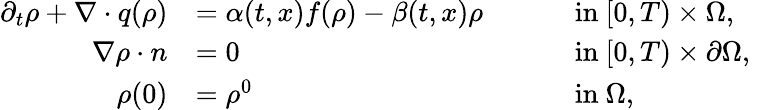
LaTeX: \begin{array}{rlrlr}{\partial_{t}\rho+\nabla\cdot q(\rho)}&{=\alpha(t,x)f(\rho)-\beta(t,x)\rho}&{\quad}&{\mathrm{~in~}[0,T)\times\Omega,}\\ {\nabla\rho\cdot n}&{=0}&{\quad}&{\mathrm{~in~}[0,T)\times\partial\Omega,}\\ {\rho(0)}&{=\rho^{0}}&{\quad}&{\mathrm{~in~}\Omega,}&\end{array}